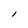
Character: l